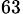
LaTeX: _{63}